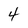
Character: 4